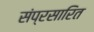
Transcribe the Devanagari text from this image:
संप्रसारित